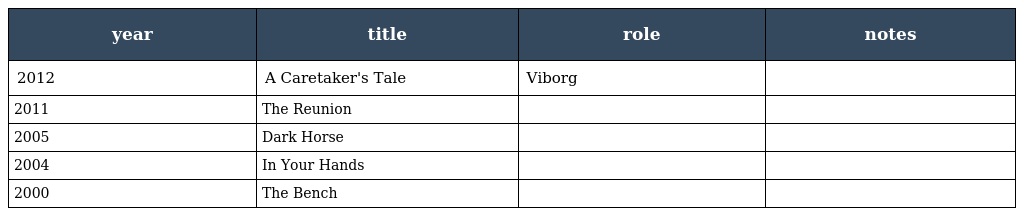
| year | title | role | notes |
 | --- | --- | --- | --- |
 | 2012 | A Caretaker's Tale | Viborg |  |
 | 2011 | The Reunion |  |  |
 | 2005 | Dark Horse |  |  |
 | 2004 | In Your Hands |  |  |
 | 2000 | The Bench |  |  |